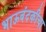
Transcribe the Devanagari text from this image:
भाऊबंदकीचा